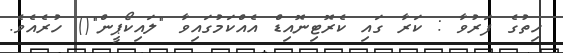
ހިތުގެ ފަރުވާ : ކަރާ ގައި ކެރޮޓިނޮއިޑް އެއްކަމުގައިވާ "ލައިކޯޕީން"() ހުރެއެވެ.